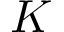
K